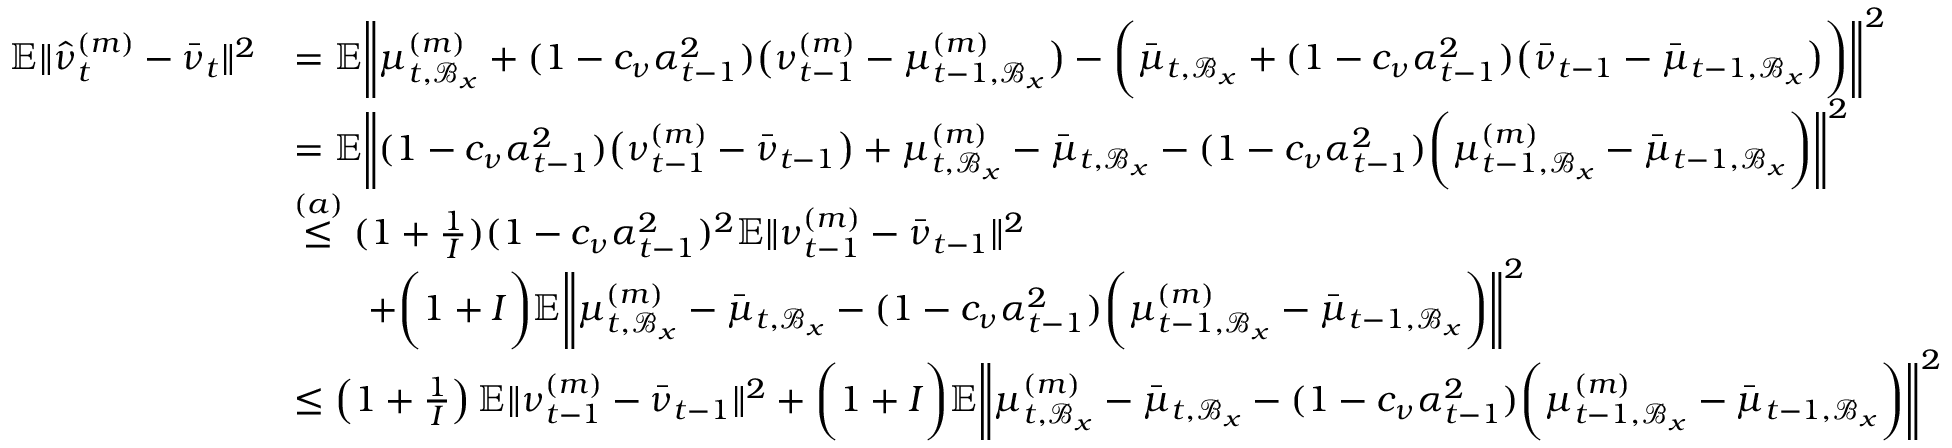
\begin{array} { r l } { \mathbb { E } \| \hat { \nu } _ { t } ^ { ( m ) } - \bar { \nu } _ { t } \| ^ { 2 } } & { = \mathbb { E } \bigg \| \mu _ { t , \mathcal { B } _ { x } } ^ { ( m ) } + ( 1 - c _ { \nu } \alpha _ { t - 1 } ^ { 2 } ) \big ( \nu _ { t - 1 } ^ { ( m ) } - \mu _ { t - 1 , \mathcal { B } _ { x } } ^ { ( m ) } \big ) - \bigg ( \bar { \mu } _ { t , \mathcal { B } _ { x } } + ( 1 - c _ { \nu } \alpha _ { t - 1 } ^ { 2 } ) \big ( \bar { \nu } _ { t - 1 } - \bar { \mu } _ { t - 1 , \mathcal { B } _ { x } } \big ) \bigg ) \bigg \| ^ { 2 } } \\ & { = \mathbb { E } \bigg \| ( 1 - c _ { \nu } \alpha _ { t - 1 } ^ { 2 } ) \big ( \nu _ { t - 1 } ^ { ( m ) } - \bar { \nu } _ { t - 1 } \big ) + \mu _ { t , \mathcal { B } _ { x } } ^ { ( m ) } - \bar { \mu } _ { t , \mathcal { B } _ { x } } - ( 1 - c _ { \nu } \alpha _ { t - 1 } ^ { 2 } ) \bigg ( \mu _ { t - 1 , \mathcal { B } _ { x } } ^ { ( m ) } - \bar { \mu } _ { t - 1 , \mathcal { B } _ { x } } \bigg ) \bigg \| ^ { 2 } } \\ & { \overset { ( a ) } { \leq } ( 1 + \frac { 1 } { I } ) ( 1 - c _ { \nu } \alpha _ { t - 1 } ^ { 2 } ) ^ { 2 } \mathbb { E } \| \nu _ { t - 1 } ^ { ( m ) } - \bar { \nu } _ { t - 1 } \| ^ { 2 } } \\ & { \qquad + \bigg ( 1 + I \bigg ) \mathbb { E } \bigg \| \mu _ { t , \mathcal { B } _ { x } } ^ { ( m ) } - \bar { \mu } _ { t , \mathcal { B } _ { x } } - ( 1 - c _ { \nu } \alpha _ { t - 1 } ^ { 2 } ) \bigg ( \mu _ { t - 1 , \mathcal { B } _ { x } } ^ { ( m ) } - \bar { \mu } _ { t - 1 , \mathcal { B } _ { x } } \bigg ) \bigg \| ^ { 2 } } \\ & { \leq \left( 1 + \frac { 1 } { I } \right) \mathbb { E } \| \nu _ { t - 1 } ^ { ( m ) } - \bar { \nu } _ { t - 1 } \| ^ { 2 } + \bigg ( 1 + I \bigg ) \mathbb { E } \bigg \| \mu _ { t , \mathcal { B } _ { x } } ^ { ( m ) } - \bar { \mu } _ { t , \mathcal { B } _ { x } } - ( 1 - c _ { \nu } \alpha _ { t - 1 } ^ { 2 } ) \bigg ( \mu _ { t - 1 , \mathcal { B } _ { x } } ^ { ( m ) } - \bar { \mu } _ { t - 1 , \mathcal { B } _ { x } } \bigg ) \bigg \| ^ { 2 } } \end{array}